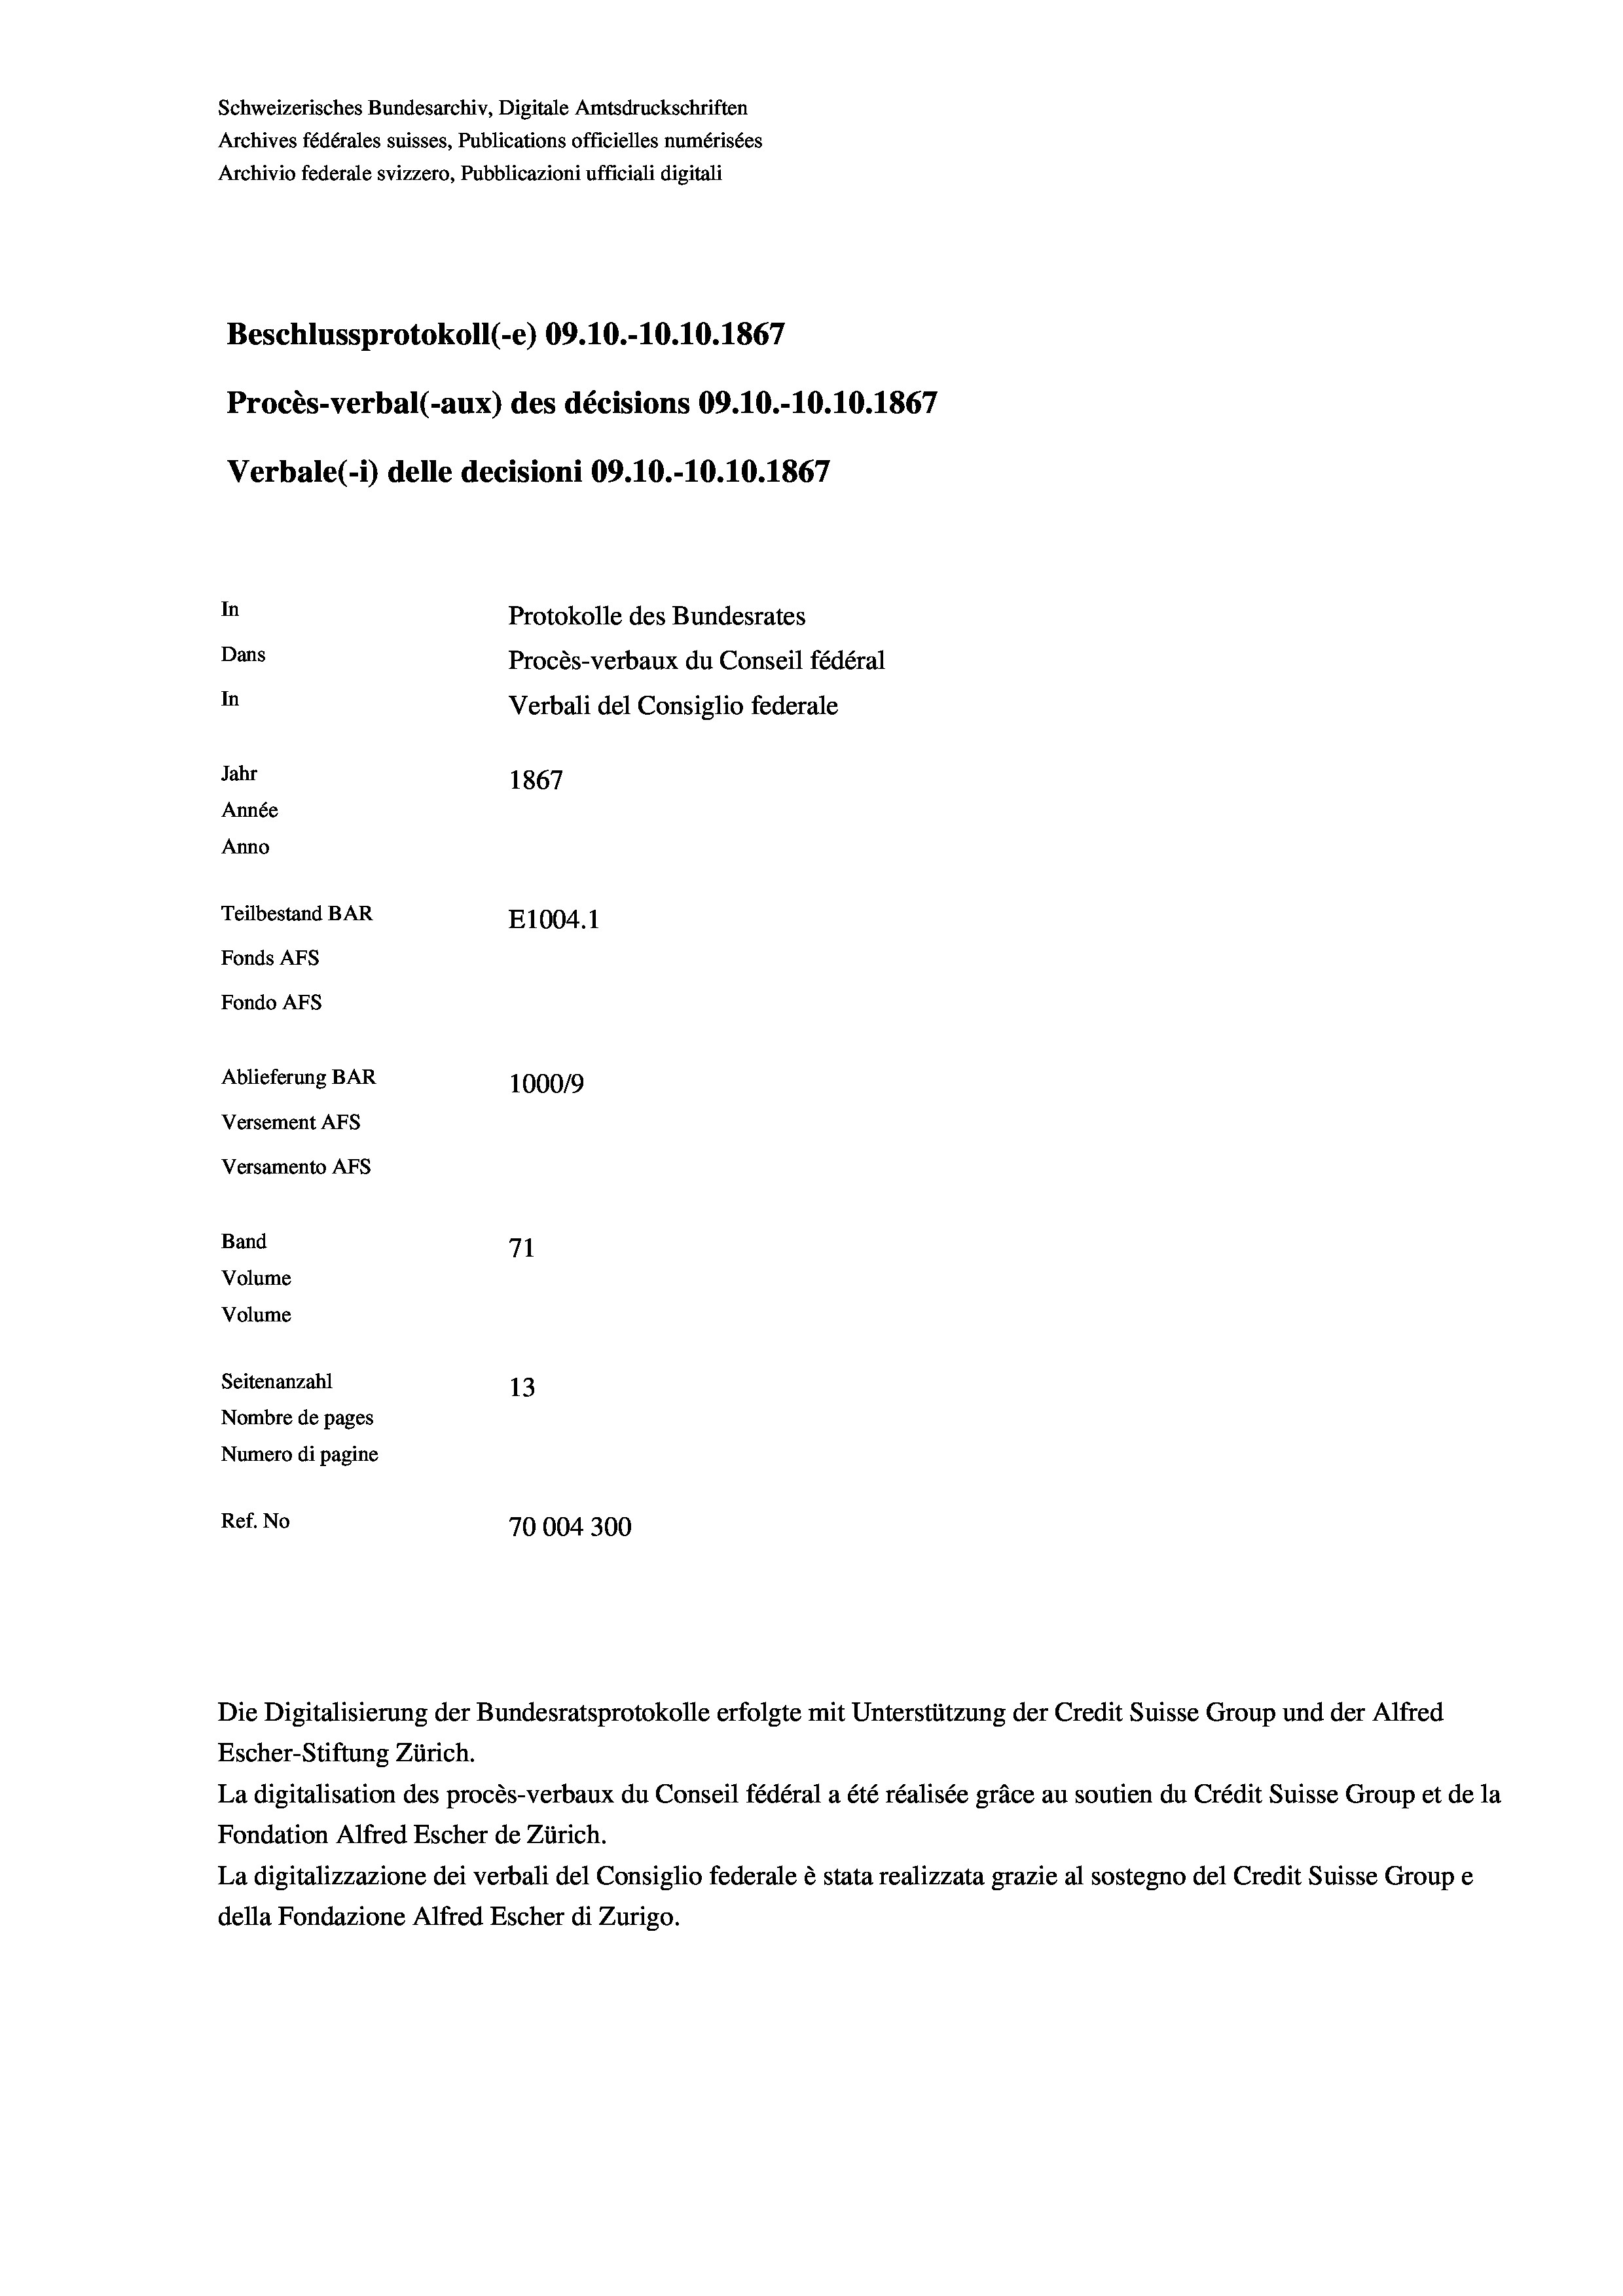
Schweizerisches Bundesarchiv, Digitale Amtsdruckschriften
Archives fédérales suisses, Publications officielles numérisées
Archivio federale svizzero, Pubblicazioni ufficiali digitali
Beschlussprotokoll (-e) 09.10.-10.10.1867
Procès-verbal (-aux) des décisions 09.10.-10.10.1867
Verbale(-*) delle decisioni 09.10.-10.10.1867
In
Protokolle des Bundesrates
Dans
Procès-verbaux du Conseil fédéral
In
Verbali del Consiglio federale
Jahr
1867
Année
Anno
Teilbestand BAR
E1004.1
Fonds AFs
Fondo AFs
Ablieferung BAR
100019
Versement AFs
Versamento AFs
Band
71
Volume
Volume
Seitenanzahl
13
Nombre de pages
Numero di pagine

Ref. No
70004300

La digitalisation des procès-verbaux du Conseil fédéral a été réalisée gräce au soutien du Crédit Suisse Group et de la
Fondation Alfred Escher de Zürich.
La digitalizzazione dei verbali del Consiglio federale è stata realizzata grazie al sostegno del Credit Suisse Groupe
della Fondazione Alfred Escher di Zurigo.

Escher-Stiftung Zürich.

Die Digitalisierung der Bundesratsprotokolle erfolgte mit Unterstützung der Credit Suisse Group und der Alfred